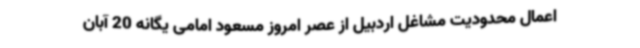
اعمال محدودیت مشاغل اردبیل از عصر امروز مسعود امامی یگانه 20 آبان